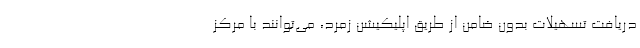
دریافت تسهیلات بدون ضامن از طریق اپلیکیشن زمرد، می‌توانند با مرکز